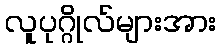
လူပုဂ္ဂိုလ်များအား